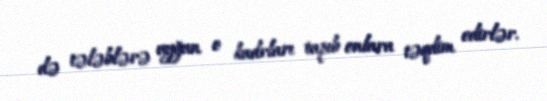
də tələblərə uyğun o kadrları tapıb onlara təqdim edirlər.